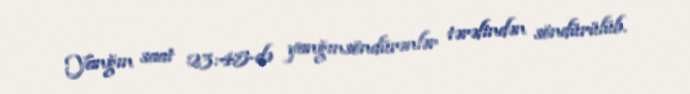
Yanğın saat 23:45-də yanğınsöndürənlər tərəfindən söndürülüb.